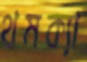
থমক্যা